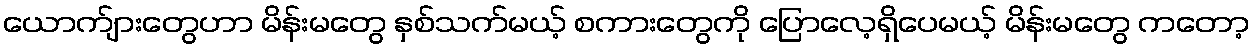
ယောက်ျားတွေဟာ မိန်းမတွေ နှစ်သက်မယ့် စကားတွေကို ပြောလေ့ရှိပေမယ့် မိန်းမတွေ ကတော့